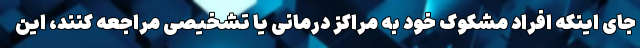
جای اینکه افراد مشکوک خود به مراکز درمانی یا تشخیصی مراجعه کنند، این